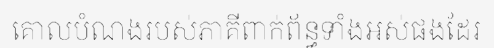
គោលបំណងរបស់ភាគីពាក់ព័ន្ធទាំងអស់ផងដែរ